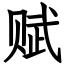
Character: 赋